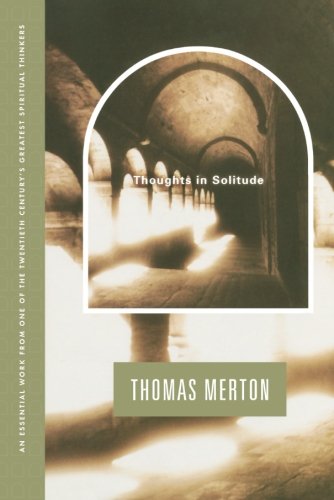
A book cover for Thoughts In Solitude; Thomas Merton; Christian Books & Bibles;